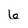
Character: 6